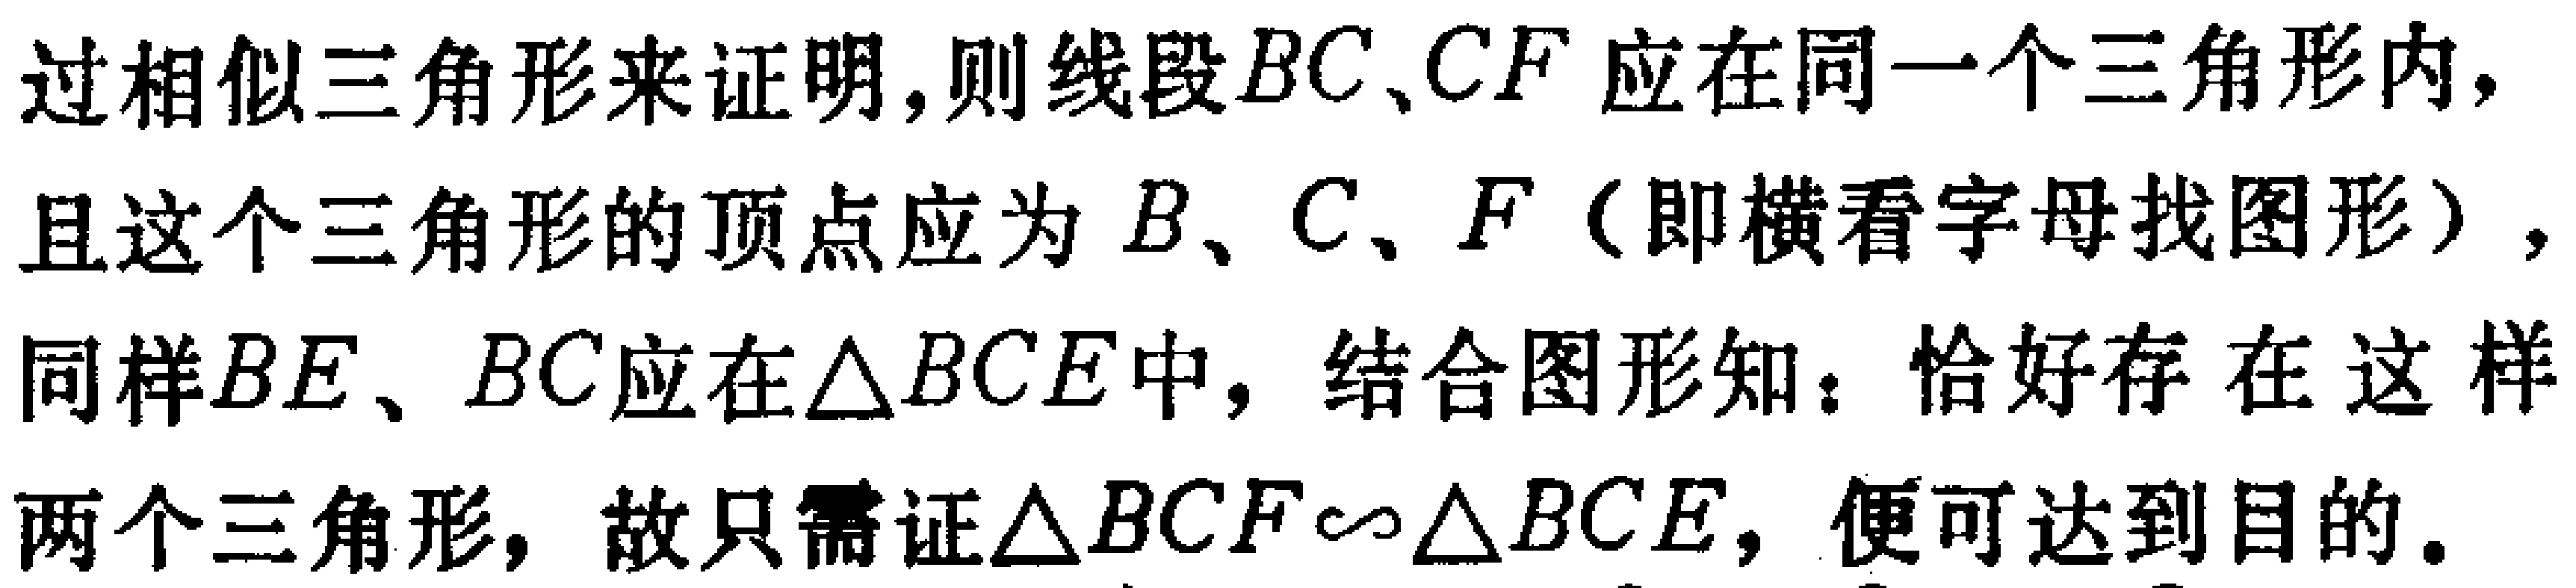
过相似三角形来证明,则线段\(BC\)、\(CF\)应在同一个三角形内，

且这个三角形的顶点应为\(B\)、\(C\)、\(F\)（即横看字母找图形），

同样\(BE\)、\(BC\)应在\(\triangle BCE\)中，结合图形知：恰好存在这样

两个三角形，故只需证\(\triangle BCF\sim\triangle BCE\)，便可达到目的。